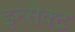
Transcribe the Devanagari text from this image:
इन्सेक्ट